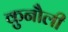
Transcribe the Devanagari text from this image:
कुनौली